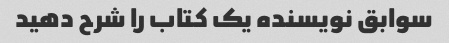
سوابق نویسنده یک کتاب را شرح دهید